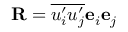
\mathbf { R } = \overline { { u _ { i } ^ { \prime } u _ { j } ^ { \prime } } } \mathbf { e } _ { i } \mathbf { e } _ { j }